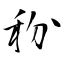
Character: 秎